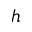
h